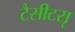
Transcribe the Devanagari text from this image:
टैसीटसृ